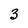
Character: 3